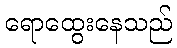
ရောထွေးနေသည်